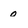
Character: 0